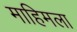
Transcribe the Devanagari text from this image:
माहिमला